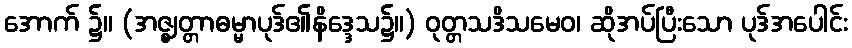
အောက် ၌။ (အဇ္ဈတ္တာဓမ္မာပုဒ်၏နိဒ္ဒေသ၌။) ဝုတ္တသဒိသမေဝ၊ ဆိုအပ်ပြီးသော ပုဒ်အပေါင်း